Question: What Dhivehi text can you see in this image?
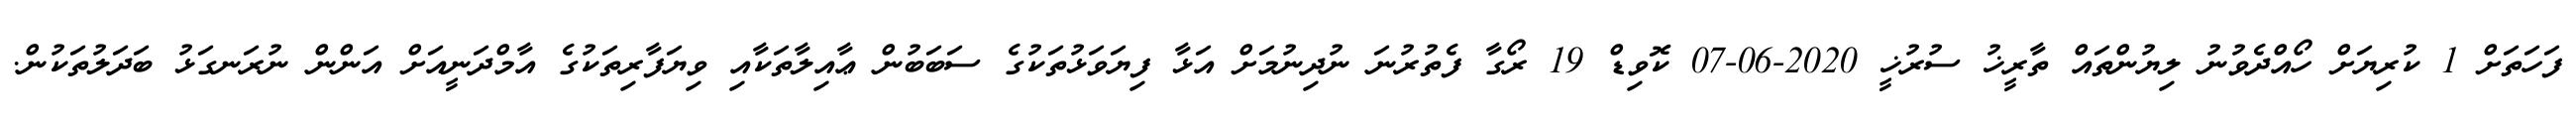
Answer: ފަހަތަށް 1 ކުރިޔަށް ހޯއްދެވުނު ލިޔުންތައް ތާރީޚު ސުރުޚީ 2020-06-07 ކޮވިޑް 19 ރޯގާ ފެތުރުނަ ނުދިނުމަށް އަޅާ ފިޔަވަޅުތަކުގެ ސަބަބުން ޢާއިލާތަކާއި ވިޔަފާރިތަކުގެ އާމްދަނީއަށް އަންން ނުރަނގަޅު ބަދަލުތަކުން.